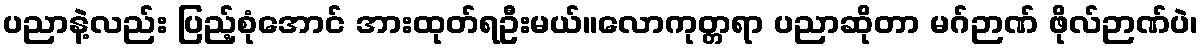
ပညာနဲ့လည်း ပြည့်စုံအောင် အားထုတ်ရဦးမယ်။လောကုတ္တရာ ပညာဆိုတာ မဂ်ဉာဏ် ဖိုလ်ဉာဏ်ပဲ၊